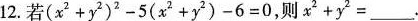
12.若$$(x^{2}+y^{2})^{2}-5(x^{2}+y^{2})-6=0$$，则$$x^{2}+y^{2}=___$$。